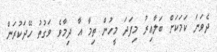
ދެވަނަ ކަމަކަށް ބަލާއިރު މިފަދަ މީހުން ތިމާ އާ ދިމާވެ ވަގުތު ހޭދަކުރަން